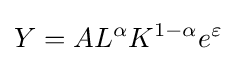
Y=AL^{\alpha }K^{1-\alpha }e^{\varepsilon }